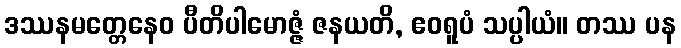
ဒဿနမတ္တေနေဝ ပီတိပါမောဇ္ဇံ ဇနယတိ, ဧဝရူပံ သပ္ပါယံ။ တဿ ပန